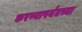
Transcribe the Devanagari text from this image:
करण्यापर्यंतच्या